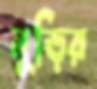
নুড়ির